Indian journal of veterinary science and animal husbandry - Volume 2,
Year: 1932
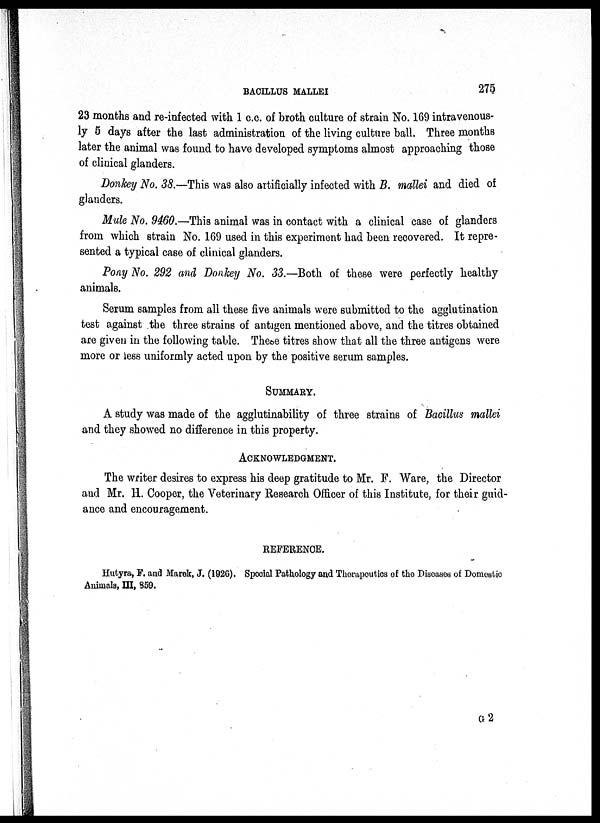
BACILLUS MALLEI
275
23 months and re-infected with 1 c.c. of broth culture of strain No. 169 intravenous-
ly 5 days after the last administration of the living culture ball. Three months
later the animal was found to have developed symptoms almost approaching those
of clinical glanders.
Donkey No. 38.—This was also artificially infected with B. mallei and died of
glanders.
Mule No. 9460.—This animal was in contact with a clinical case of glanders
from which strain No. 169 used in this experiment had been recovered. It repre-
sented a typical case of clinical glanders.
Pony No. 292 and Donkey No. 33.—Both of these were perfectly healthy
animals.
Serum samples from all these five animals were submitted to the agglutination
test against the three strains of antigen mentioned above, and the titres obtained
are given in the following table. These titres show that all the three antigens were
more or less uniformly acted upon by the positive serum samples.
SUMMARY.
A study was made of the agglutinability of three strains of Bacillus mallei
and they showed no difference in this property.
ACKNOWLEDGMENT.
The writer desires to express his deep gratitude to Mr. F. "Ware, the Director
and Mr. H. Cooper, the Veterinary Research Officer of this Institute, for their guid-
ance and encouragement.
REFERENCE.
Hutyra, F. and Marek, J. (1926). Special Pathology and Thorapoutics of the Diseases of Domestic
Animals, III, 859.
G 2